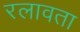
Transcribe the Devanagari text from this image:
रलावता